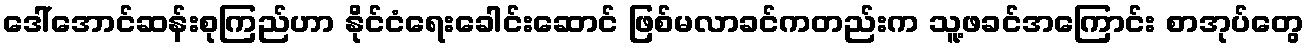
ဒေါ်အောင်ဆန်းစုကြည်ဟာ နိုင်ငံရေးခေါင်းဆောင် ဖြစ်မလာခင်ကတည်းက သူ့ဖခင်အကြောင်း စာအုပ်တွေ